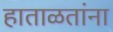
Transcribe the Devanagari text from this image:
हाताळतांना